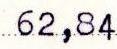
62,84